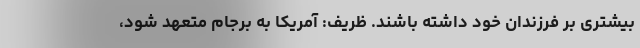
بیشتری بر فرزندان خود داشته باشند. ظریف: آمریکا به برجام متعهد شود،